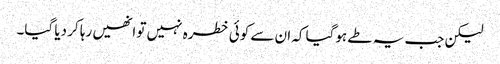
لیکن جب یہ طے ہوگیا کہ ان سے کوئی خطرہ نہیں تو انھیں رہا کر دیا گیا۔